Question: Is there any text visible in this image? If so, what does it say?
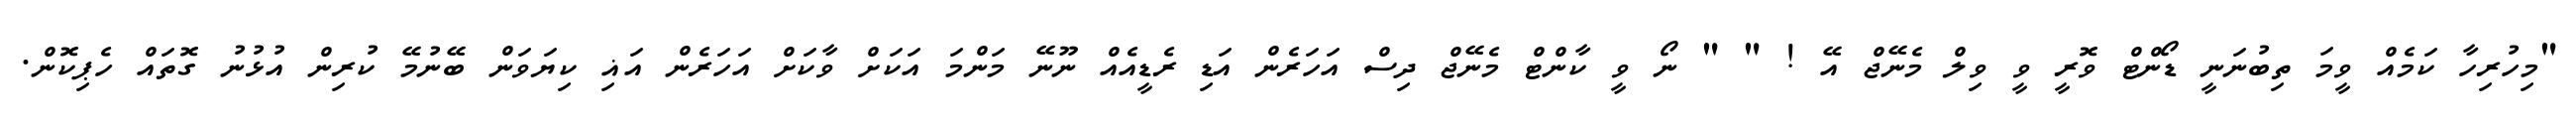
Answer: "މިހުރިހާ ކަމެއް ވީމަ ތިބުނަނީ ޑޯންޓް ވޮރީ ވީ ވިލް މެނޭޖް އޭ ! " " ނޯ ވީ ކާންޓް މެނޭޖް ދިސް އަހަރެން އަޑި ރެޑީއެއް ނޫނޭ މަންމަ އަކަށް ވާކަށް އަހަރެން އަޣި ކިޔަވަން ބޭނުމޭ ކުރިން އުޅުނު ގޮތައް ހެޕިކޮން.